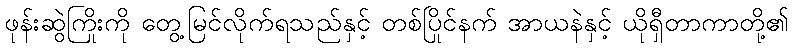
ဖုန်းဆွဲကြိုးကို တွေ့မြင်လိုက်ရသည်နှင့် တစ်ပြိုင်နက် အာယနဲနှင့် ယိုရှီတာကာတို့၏